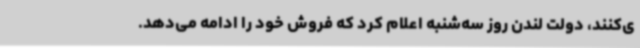
ی‌کنند، دولت لندن روز سه‌شنبه اعلام کرد که فروش خود را ادامه می‌دهد.